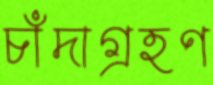
চাঁদাগ্রহণ